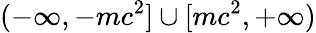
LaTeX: (-\infty,-mc^{2}]\cup[mc^{2},+\infty)